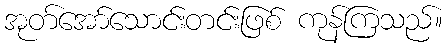
အုတ်အော်သောင်းတင်းဖြစ် ကုန်ကြသည်။